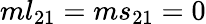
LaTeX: ml_{21}=ms_{21}=0